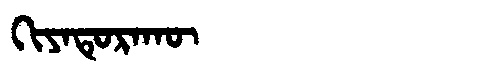
Manchu: ᡴᡳᠶᠠᡨᡠᡵᠠᡴᡡ
Romanization: KIYATURAKŪ